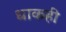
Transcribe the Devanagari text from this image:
धाकही